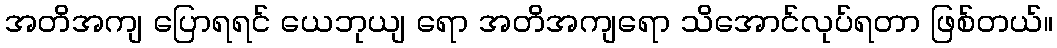
အတိအကျ ပြောရရင် ယေဘုယျ ရော အတိအကျရော သိအောင်လုပ်ရတာ ဖြစ်တယ်။